Annual statistical returns and brief notes on vaccination in Bengal - 1887-1898
Year: 1887
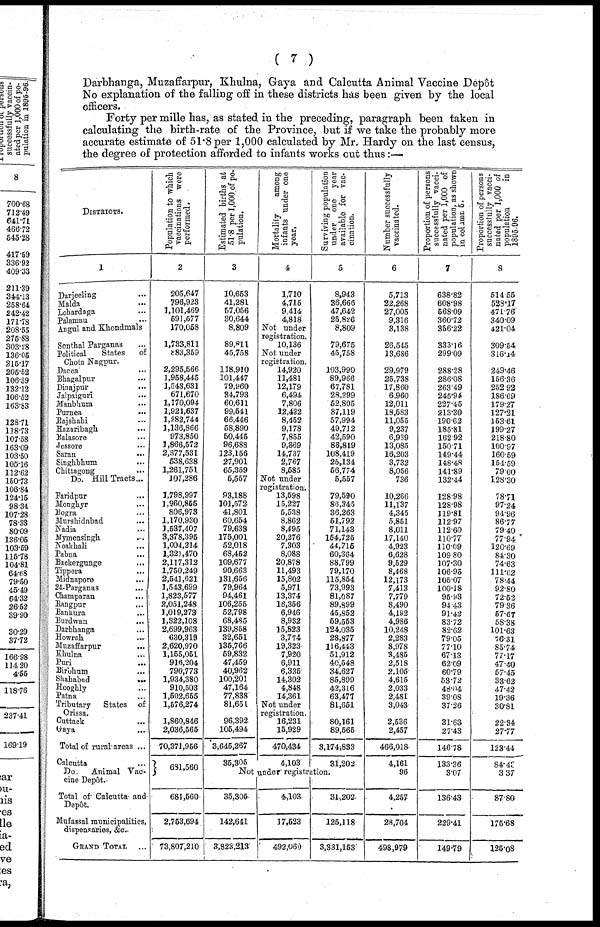
( 7 )
Darbhanga, Muzaffarpur, Khulna, Gaya and Calcutta Animal Vaccine Depôt
No explanation of the falling off in these districts has been given by the local
officers.
Forty per mille has, as stated in the preceding, paragraph been taken in
calculating the birth-rate of the Province, but if we take the probably more
accurate estimate of 51.8 per 1,000 calculated by Mr. Hardy on the last census,
the degree of protection afforded to infants works out thus:—
DISTRICTS.
1
Darjeeling ...
Malda ...
Lohardaga ...
Palamau ...
Angul and Khondmals
Sonthal Parganas ...
Political
States
of
Chota Nagpur.
Dacca ...
Bhagalpur ...
Dinajpuri ...
Jalpaiguri ...
Manbhum ...
Purnea
...
Rajshahi ...
Hazaribagh ...
Balasore ...
Jessore ...
Saran
...
Singhbhum ...
Chittagong ...
Do. Hill Tracts ...
Faridpur ...
Monghyr
...
Bogra ...
Murshidabad ...
Nadia ...
Mymensingh
...
Noakhali
...
Pabna ...
Backergunge ...
Tippera ...
Midnapore ...
24-Parganas ...
Champaran ...
Rangpur ...
Bankura
...
Burdwan
...
Darbhanga ...
Howrah ...
Muzaffarpur
...
Khulna ...
Puri ...
Birbhum ...
Shahabad
...
Hooghly ...
Patna ...
Tributary States of
Orissa.
Cuttack ...
Gaya
...
Total of rural areas ...
Calcutta ...
Do.
Animal Vac-
cine Depôt.
Total of Calcutta and
Depôt.
Mufassal municipalities,
dispensaries, &c
GRAND TOTAL ...
Population to which
vaccinations were
performed.
2
205,647
796,923
1,101,469
591,677
170,058
1,733,811
883,359
2,296,566
1,958,445
1,543,631
671,670
1,170,094
1,921,637
1,282,744
1,136,866
973,850
1,866,572
2,377,531
538,638
1,261,751
107,286
1,798,997
1,960,855
806,973
1,170,930
1,637,407
3,378,395
1,004,214
1,321,470
2,117,312
1,750,249
2,541,621
1,543,699
1,823,577
2,051,248
1,019,273
1,322,108
2,699,963
630,319
2,620,970
1,155,051
916,204
790,773
1,934,380
910,503
1,602,655
1,576,274
1,860,846
2,036,565
70,371,956
681,560
681,560
2,753,694
73,807,2l0
Estimated births at
51.8 per 1,000 of po-
pulation.
3
10,653
41,281
57,056
30,644
8,809
89,8ll
45,758
118,910
101,447
79,960
34,793
60,611
99,541
66,446
58,890
50,445
96,688
123,156
27,901
65,359
5,557
93,188
101,572
41,801
60,654
79,638
175,001
52,018
68,452
109,677
90,663
131,656
79,964
94,461
106,255
52,798
68,485
139,858
32,651
135,766
59,832
47,459
40,962
100,201
47,164
77,838
81,651
96,392
105,494
3,645,267
35,305
Mortality
among
infants under one
year.
4
1,710
4,715
9,414
4,818
Not under
registration.
10,136
Not under
registration.
14,920
11,481
12,179
6,494
7,806
12,422
8,452
9,178
7,855
9,869
14,737
2,767
8,585
Not under
registration.
13,598
15,227
5,538
8,862
8,495
20,276
7,303
8,088
20,878
11,493
15,802
5,971
13,374
16,356
6,946
8,932
15,823
3,774
19,323
7,920
6,911
6,335
14,302
4,848
14,361
Not under
registration.
16,231
15,929
470,434
4,103
Surviving population
under one year
available for vac-
cination.
5
8,943
36,666
47,642
25,826
8,809
79,675
45,758
103,990
89,966
67,781
28,299
52,805
87,119
57,994
49,712
42,590
88,819
108,419
25,134
56,774
5,557
79,590
86,345
36,263
51,792
71,143
154,725
44,715
60,364
88,799
79,170
115,854
73,993
81,087
89,899
45,852
59,553
124,035
28,877
116,443
51,912
40,548
34,627
85,899
42,316
63,477
81,651
80,161
89,565
3,174,833
31,202
Not under registration.
35,306
142,641
3,823,213
4,103
17,523
492,060
31,202
125,118
3,331,153
Number successfully
vaccinated.
6
5,713
22,268
27,005
9,316
3,138
26,545
13,686
29,979
25,738
17,860
6,960
12,011
18,583
11,055
9,237
6,939
13,085
16,203
3,732
8,056
736
10,266
11,137
4,345
5,851
8,011
17,140
4,923
6,628
9,529
8,468
12,173
7,413
7,779
8,490
4,192
4,986
10,248
2,283
8,978
3,485
2,518
2,105
4,615
2,033
2,481
3,043
2,536
2,457
466,018
4,161
96
4,257
28,704
498,979
Proportion of persons
successfully vacci-
nated per 1,000 of
population, as shown
in column 5.
7
638.82
608.98
668.09
360.72
356.22
333.16
299.09
288.28
286.08
263.49
245.94
227.45
213.30
190.62
185.81
162.92
150.71
149.44
148.48
141.89
132.44
128.98
128.98
119.81
112.97
112.60
110.77
110.69
109.80
107.30
106.95
105.07
100.18
95.93
94.43
91.42
83.72
82.62
79.05
77.10
67.13
62.09
60.79
63.72
48.04
39.08
37.26
31.63
27.43
146.78
133.36
3.07
136.43
229.41
149.79
Proportion of persons
successfully vacci-
nated per 3,000 of
population
in
1895-96.
8
514.55
523.17
474.76
340.09
421.04
309.54
316.14
249.46
156.36
252.92
186.69
179.27
127.21
153.61
199.27
218.80
100.97
160.59
154.59
79.00
128.30
78.71
97.24
94.96
86.77
79.40
77.94
120.69
84.30
74.63
111.62
78.44
92.80
72.52
79.36
57.67
58.38
101.63
76.31
85.74
77.17
47.40
57.45
33.62
47.42
19.36
30.81
22.34
27.77
123.44
84.43
3.37
87.80
175.68
125.08